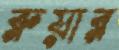
রুয়ার